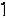
1